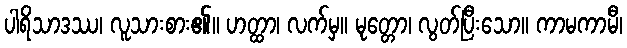
ပါရိသာဒဿ၊ လူသားစား၏။ ဟတ္ထာ၊ လက်မှ။ မုတ္တော၊ လွတ်ပြီးသော။ ကာမကာမီ၊